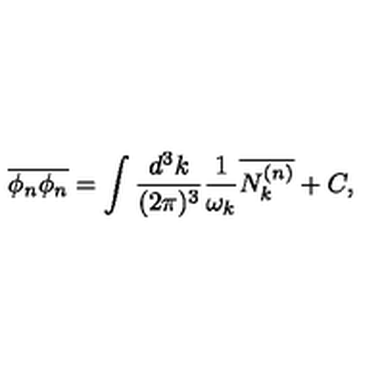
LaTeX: \overline { { \phi _ { n } \phi _ { n } } } = \int \frac { d ^ { 3 } k } { ( 2 \pi ) ^ { 3 } } \frac { 1 } { \omega _ { k } } \overline { { N _ { k } ^ { ( n ) } } } + C ,